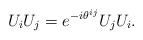
\begin{align*}U_i U_j = e^{-i\theta^{ij}} U_j U_i .\end{align*}